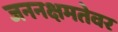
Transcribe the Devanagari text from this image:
जननक्षमतेवर